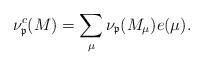
LaTeX: \begin{align*}\nu_{\frak p}^c(M)=\sum\limits_{\mu}\nu_{\frak p}(M_\mu)e(\mu). \end{align*}